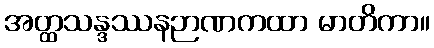
အတ္ထသန္ဒဿနဉာဏကထာ မာတိကာ။